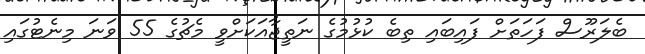
ބެލަރޫސް ފަހަތަށް ފައިބައި ތިބެ ކުޅުމުގެ ނަތީޖާއަކަށްވީ މެޗުގެ 55 ވަނަ މިނެޓުގައި